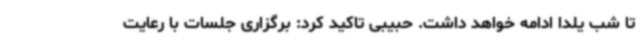
تا شب یلدا ادامه خواهد داشت. حبیبی تاکید کرد: برگزاری جلسات با رعایت